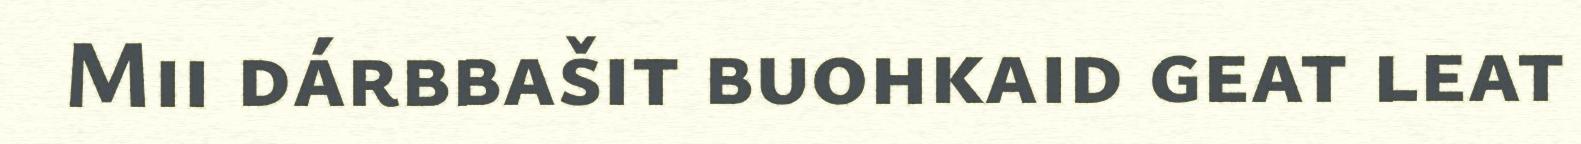
Mii dárbbašit buohkaid geat leat